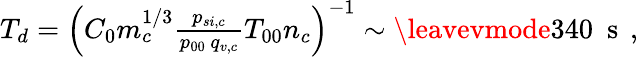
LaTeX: \begin{array}{r}{T_{d}=\left(C_{0}m_{c}^{1/3}\frac{p_{si,c}}{p_{00}\, q_{v,c}}T_{00}n_{c}\right)^{-1}\sim\leavevmode{340}\ \mathrm{~s~}\, ,}\end{array}